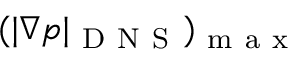
( | \nabla p | _ { \mathrm { ~ D ~ N ~ S ~ } } ) _ { \mathrm { ~ m ~ a ~ x ~ } }